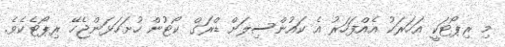
މި ރިޕޯޓަކީ އަހަރަކު އެއްފަހަރު އެ ކައުންސިލަށް ޑްރަގް ކޯޓުން ހުށަހަޅަންޖެހޭ ރިޕޯޓެކެވެ.